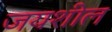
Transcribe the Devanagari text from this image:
जयशील